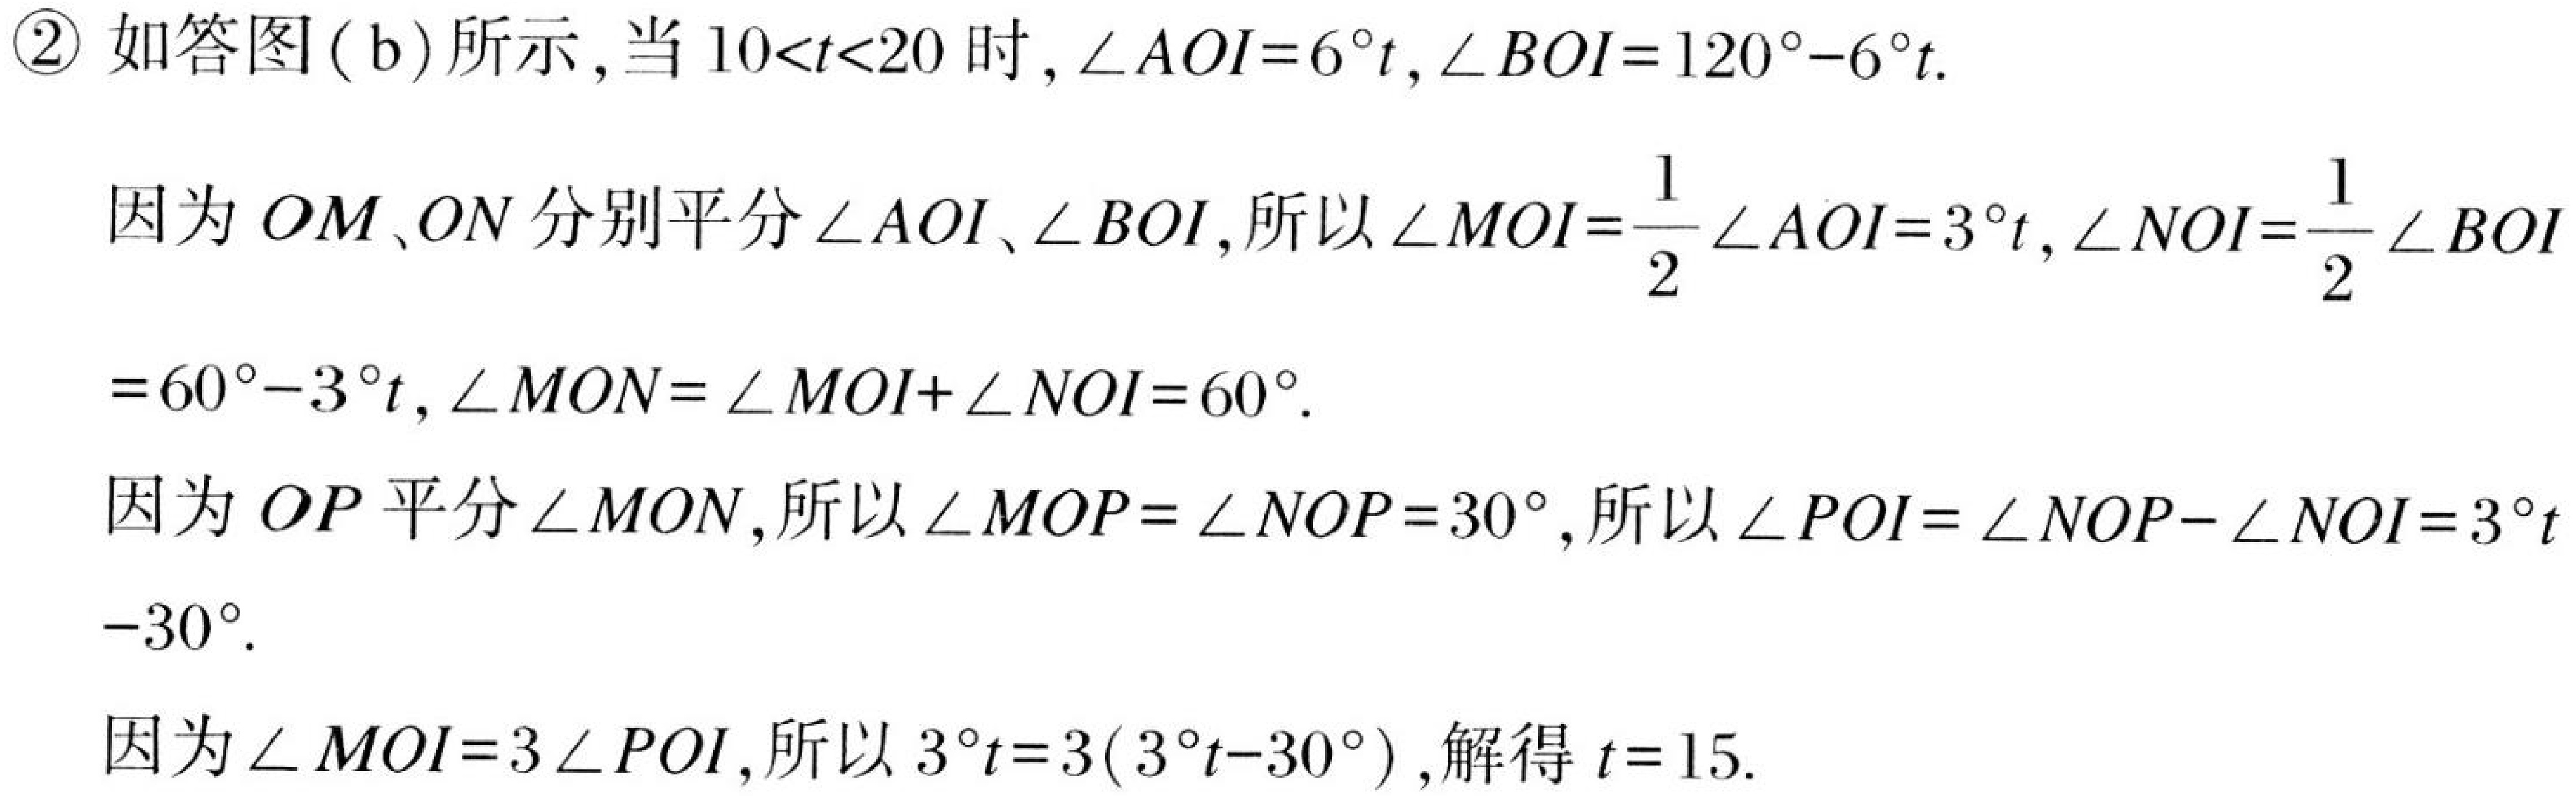
\textcircled{2} 如答图 (b) 所示, 当 \(10<t<20\) 时, \(\angle AOI = 6^{\circ}t\), \(\angle BOI=120^{\circ}-6^{\circ}t\).
因为 \(OM\)、\(ON\) 分别平分 \(\angle AOI\)、\(\angle BOI\), 所以 \(\angle MOI=\dfrac{1}{2}\angle AOI = 3^{\circ}t\), \(\angle NOI=\dfrac{1}{2}\angle BOI\)
\(=60^{\circ}-3^{\circ}t\), \(\angle MON=\angle MOI+\angle NOI = 60^{\circ}\).
因为 \(OP\) 平分 \(\angle MON\), 所以 \(\angle MOP=\angle NOP = 30^{\circ}\), 所以 \(\angle POI=\angle NOP-\angle NOI=3^{\circ}t - 30^{\circ}\).
因为 \(\angle MOI = 3\angle POI\), 所以 \(3^{\circ}t=3(3^{\circ}t - 30^{\circ})\), 解得 \(t = 15\).